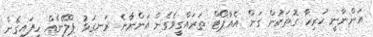
އަންނާނީ ހުރިހާ ގޮތަކުން ގަން އެއާޕޯޓް ތަރައްގީވެގެން އަންނާނެ ރަނގަޅު ޕްލޭނެއް ހިފައިގެން